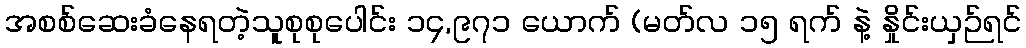
အစစ်ဆေးခံနေရတဲ့သူစုစုပေါင်း ၁၄,၉၇၁ ယောက် (မတ်လ ၁၅ ရက် နဲ့ နှိုင်းယှဉ်ရင်